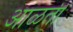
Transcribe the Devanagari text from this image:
आळती